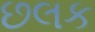
છલક